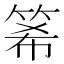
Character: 𥭘